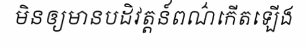
មិនឲ្យមានបដិវត្តន៍ពណ៌កើតឡើង